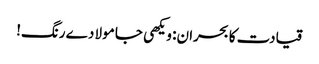
قیادت کا بحران: ویکھی جا مولا دے رنگ!